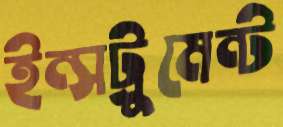
ইন্সট্রুমেন্ট